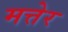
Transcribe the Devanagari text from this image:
मत्तेर